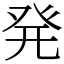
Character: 発